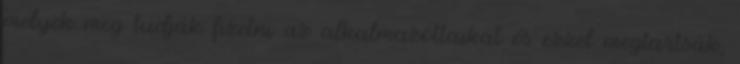
melyek meg tudják fizetni az alkalmazottaikat és ezzel megtartsák,